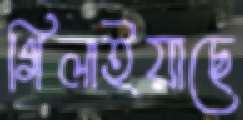
গিলাইয়াছে